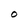
Character: O